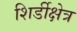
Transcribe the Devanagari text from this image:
शिर्डीक्षेत्र